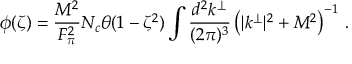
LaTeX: \phi ( \zeta ) = \frac { M ^ { 2 } } { F _ { \pi } ^ { 2 } } N _ { c } \theta ( 1 - \zeta ^ { 2 } ) \int \frac { d ^ { 2 } k ^ { \perp } } { ( 2 \pi ) ^ { 3 } } \left( | k ^ { \perp } | ^ { 2 } + M ^ { 2 } \right) ^ { - 1 } \, .